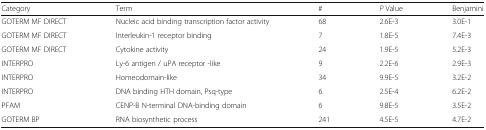
| Category | Term | # | P Value | Benjamini |
 | --- | --- | --- | --- | --- |
 | GOTERM MF DIRECT | Nucleic acid binding transcription factor activity | 68 | 2.6E-3 | 3.0E-1 |
 | GOTERM MF DIRECT | Interleukin-1 receptor binding | 7 | 1.8E-5 | 7.4E-3 |
 | GOTERM MF DIRECT | Cytokine activity | 24 | 1.9E-5 | 5.2E-3 |
 | INTERPRO | Ly-6 antigen / uPA receptor -like | 9 | 2.2E-6 | 2.9E-3 |
 | INTERPRO | Homeodomain-like | 34 | 9.9E-5 | 3.2E-2 |
 | INTERPRO | DNA binding HTH domain, Psq-type | 6 | 2.5E-4 | 6.2E-2 |
 | PFAM | CENP-B N-terminal DNA-binding domain | 6 | 9.8E-5 | 3.5E-2 |
 | GOTERM BP | RNA biosynthetic process | 241 | 4.5E-5 | 4.7E-2 |